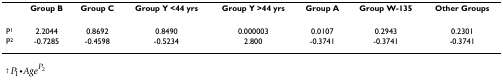
|  | Group B | Group C | Group Y <44 yrs | Group Y >44 yrs | Group A | Group W-135 | Other Groups |
 | --- | --- | --- | --- | --- | --- | --- | --- |
 | P1 | 2.2044 | 0.8692 | 0.8490 | 0.000003 | 0.0107 | 0.2943 | 0.2301 |
 | P2 | -0.7285 | -0.4598 | -0.5234 | 2.800 | -0.3741 | -0.3741 | -0.3741 |